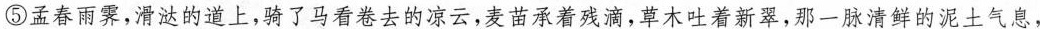
⑤孟春雨霁,滑达的道上,骑了马看卷去的凉云,麦苗承着残滴,草木吐着新翠,那一脉清鲜的泥土气息，